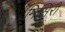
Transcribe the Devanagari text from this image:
मिसिरी